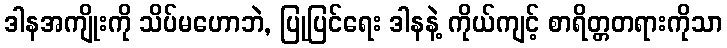
ဒါနအကျိုးကို သိပ်မဟောဘဲ, ပြုပြင်ရေး ဒါနနဲ့ ကိုယ်ကျင့် စာရိတ္တတရားကိုသာ